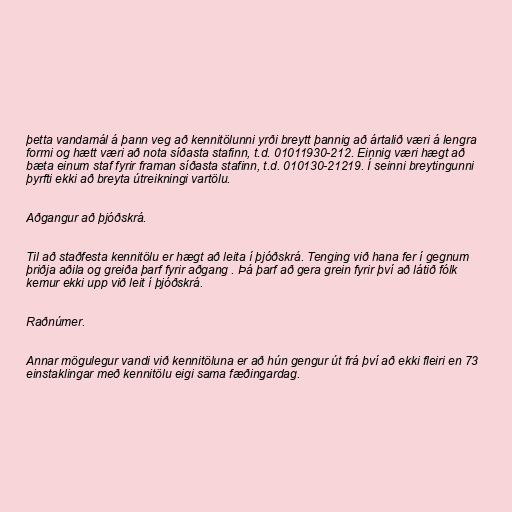
þetta vandamál á þann veg að kennitölunni yrði breytt þannig að ártalið væri á lengra
formi og hætt væri að nota síðasta stafinn, t.d. 01011930-212. Einnig væri hægt að
bæta einum staf fyrir framan síðasta stafinn, t.d. 010130-21219. Í seinni breytingunni
þyrfti ekki að breyta útreikningi vartölu.

Aðgangur að þjóðskrá.

Til að staðfesta kennitölu er hægt að leita í þjóðskrá. Tenging við hana fer í gegnum
þriðja aðila og greiða þarf fyrir aðgang . Þá þarf að gera grein fyrir því að látið fólk
kemur ekki upp við leit í þjóðskrá.

Raðnúmer.

Annar mögulegur vandi við kennitöluna er að hún gengur út frá því að ekki fleiri en 73
einstaklingar með kennitölu eigi sama fæðingardag.